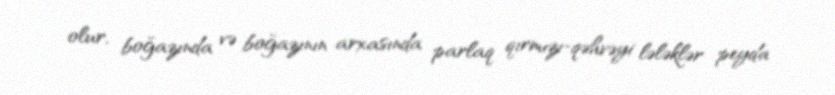
olur, boğazında və boğazının arxasında parlaq qırmızı-qəhvəyi lələklər peyda